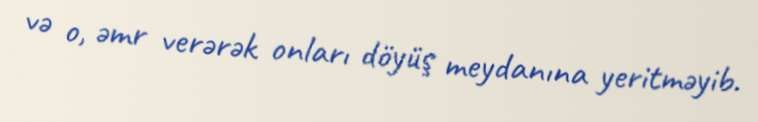
və o, əmr verərək onları döyüş meydanına yeritməyib.